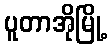
ပူတာအိုမြို့